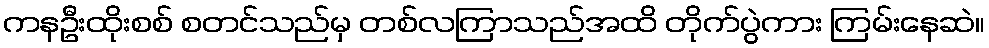
ကနဦးထိုးစစ် စတင်သည်မှ တစ်လကြာသည်အထိ တိုက်ပွဲကား ကြမ်းနေဆဲ။